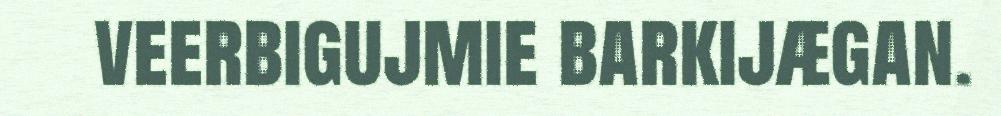
veerbigujmie barkijægan.